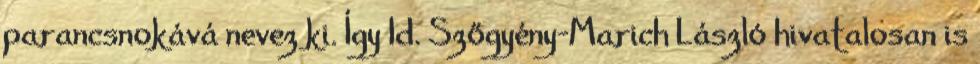
parancsnokává nevez ki. Így Id. Szőgyény-Marich László hivatalosan is